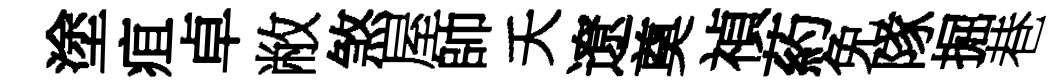
塗疽卓敝煞屋帥夭遼奠禎葯免隊掘巷